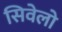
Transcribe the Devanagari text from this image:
सिवेलो